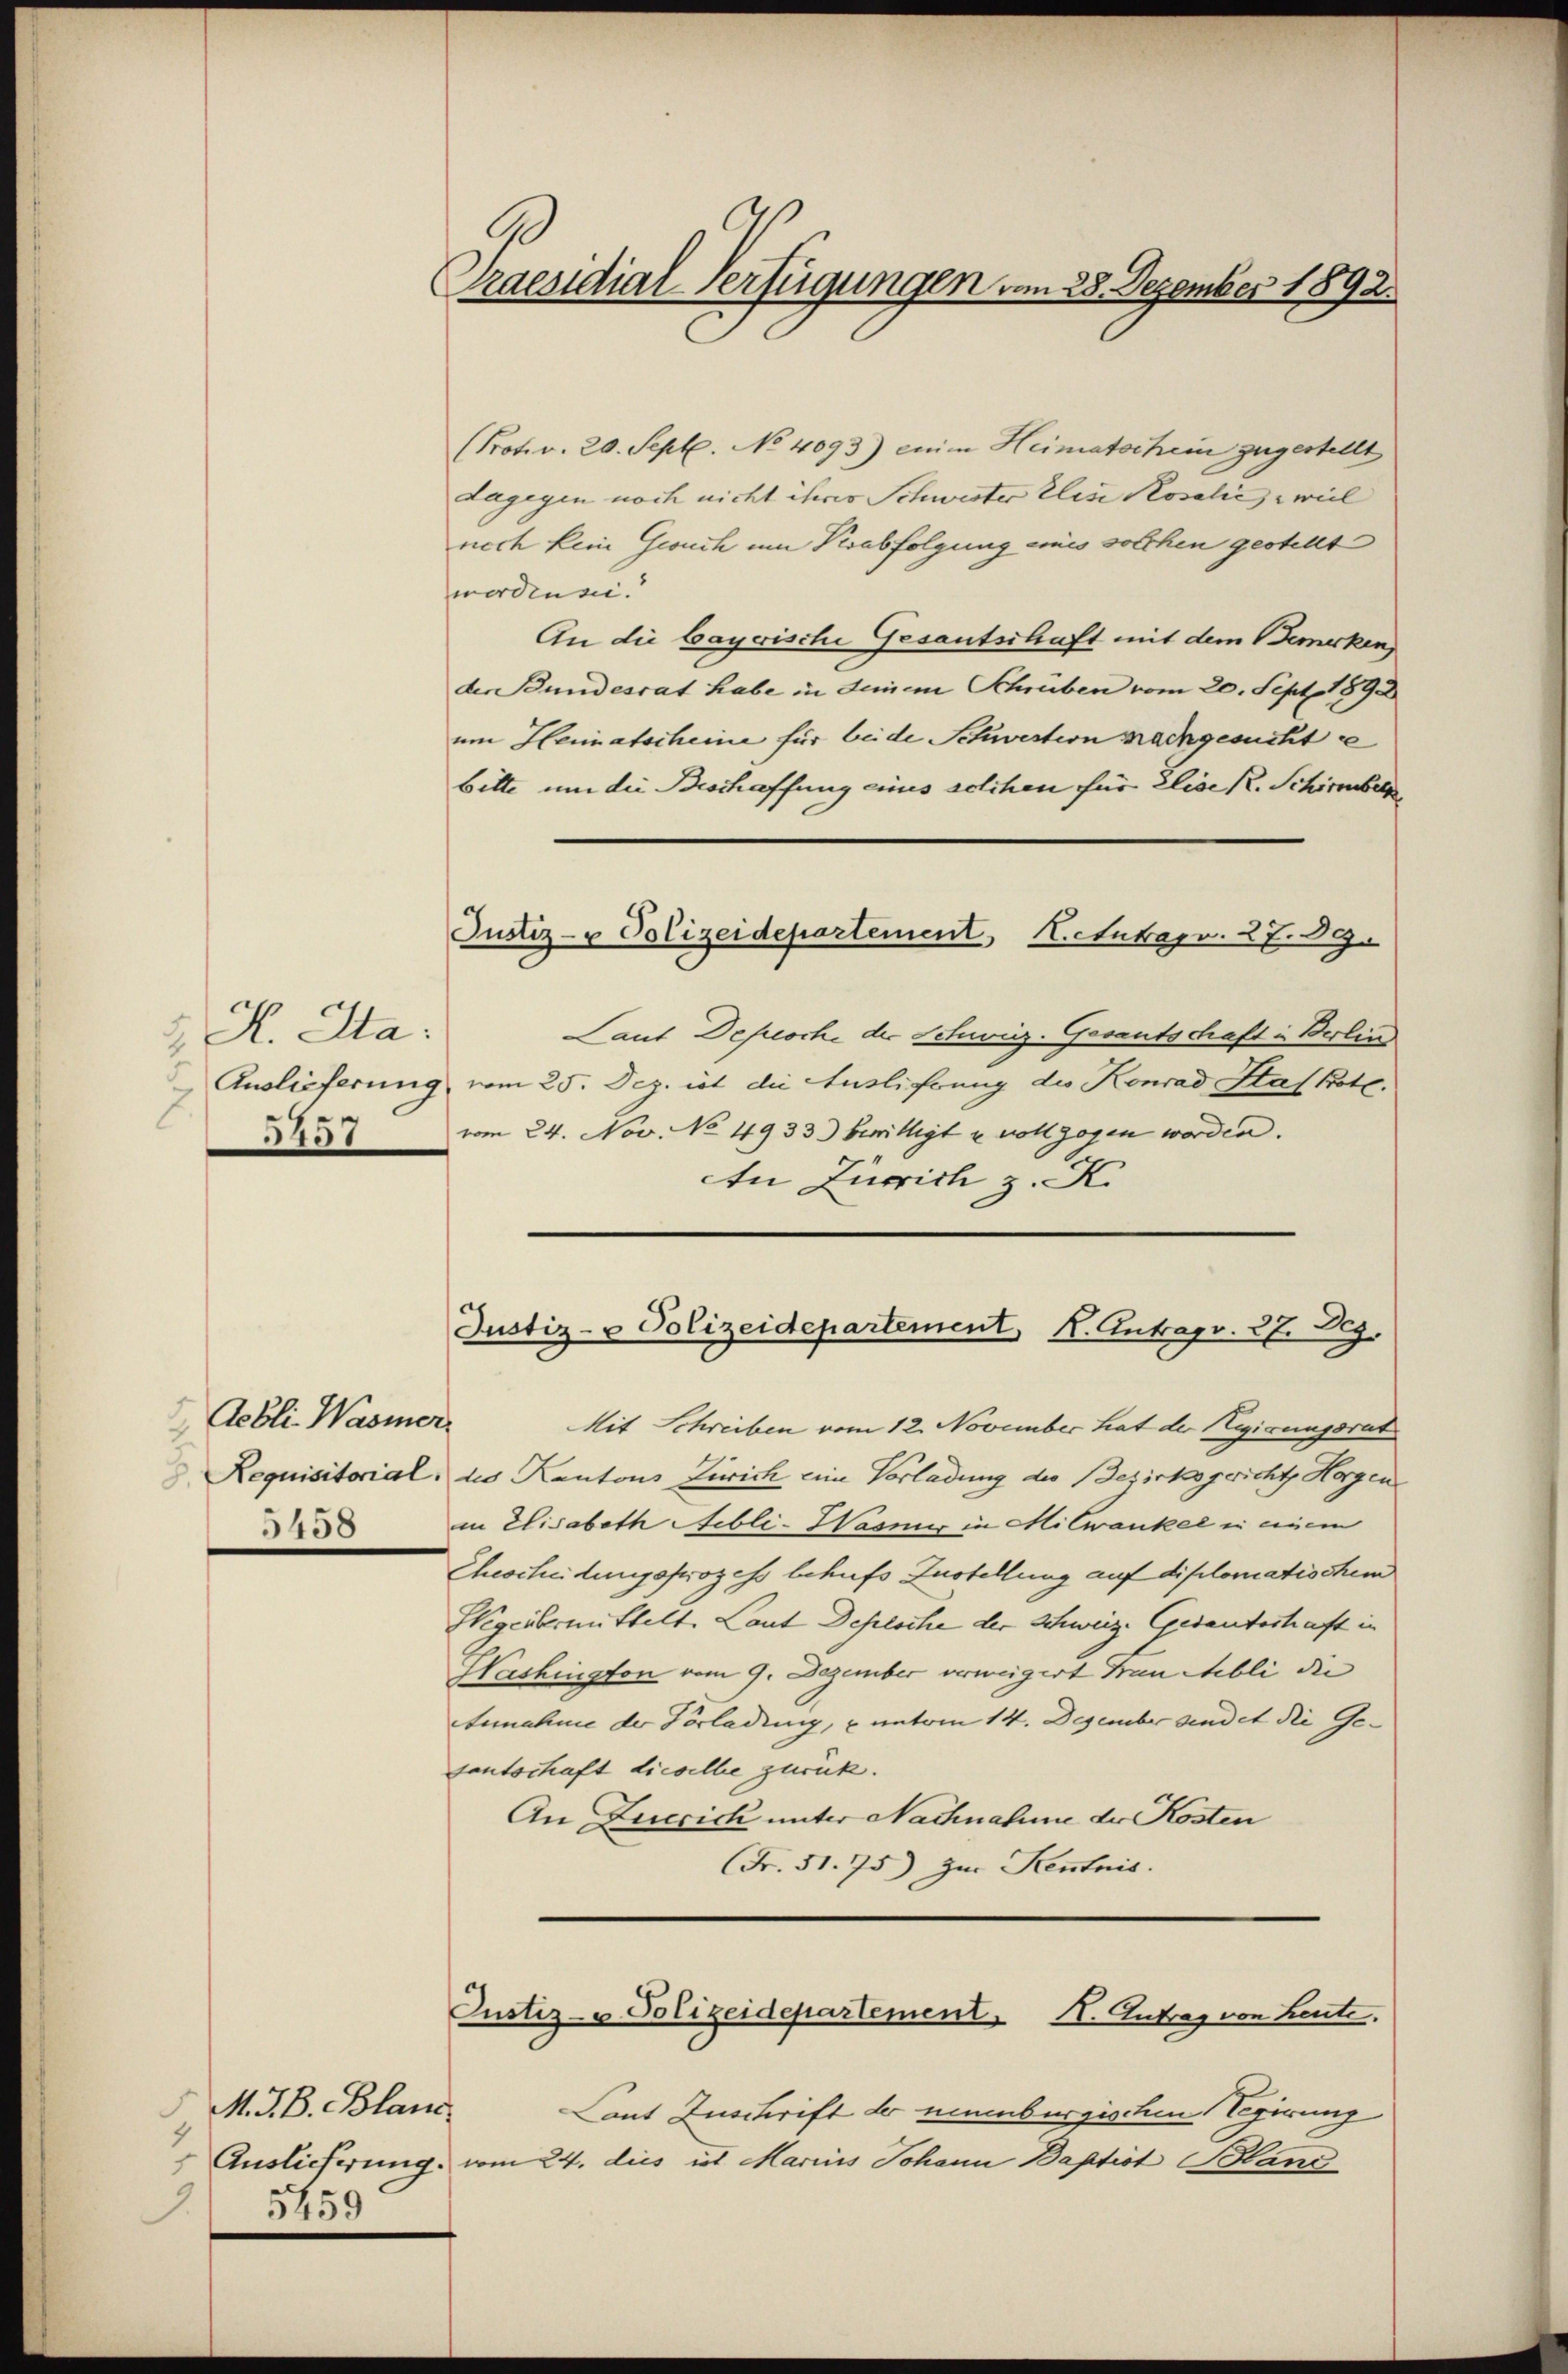
d. H. Ha
5457

Acbli-Wasmer
5458

M. B. Plaud
 5459

Praesidial-Verfügungen vom 28. Dezember 1892.

(Prot. v. 20. Sept. No 4093) einen Heimatschein zugestellt
dagegen noch nicht ihrer Schwister Elise Rosalić weil
noch kein Gesuch um Visabfolgung einis solchen gestellt
morden sei.
An die bayrische Gesantschaft mit dem Bemerken,
der Bundesrat habe in deinem Schreiben vom 20. Sept. 1890
um Heimatscheine für beide Schwestern nachgesucht e
bitte um die Beschaffung eines solchen für Elise R. Schirmber
Justiz- & Polizeidepartement, Actukapr. 27. 89.
Laut Depesche der Schweiz-Gosantschaft in Berlin
Auslieferung vom 25. Dez. ist die Auslierung die Konrad Staf Bote.
vom 24. Nov. No 4933) bewilligt u vollzogen worden.
An Zürich z. K.

Justiz- & Polizeidepartement, K. Antrags. 27. 29.

Mit Schreiben vom 12. November hat der Hegirungsrat
Requisitorial, des Kantons Zürich eine Vorladung des Bezirksgericht Horgen
in Elisabeth Nubli-Wasius in Mitwankel in einem
Chescheidungsprozess behufs Zustellung auf diplomatischen
Wegeübermittelt. Laut Depelsche der Schweiz. Gedantsstraft in
Washington vom 9. Dezember verweigert Frau bli die |
Annahme der Vorladung, u unterm 14. Dezember sindet die Gesentschaft dieselbe zurück.
An Zuccich unter Nachnahme der Kosten
Fr. 51. 75) Zur Kentnis.
Custiz- u Polizeidepartement N. Zutrag von Leute.
Laut Zuschrift der mumburgischen Regierung
Auslieferung vom 24. dies ist Marius Johann Baptist Blanc